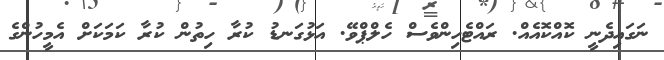
ނަގައިދެނީ ކޮއްކޮއެއް. ރައްޓެހިންވެސް ހެލްޕްވޭ. އަޅުގަނޑު ކުރާ ހިތުން ކުރާ ކަމަކަށް އެމީހުންގެ